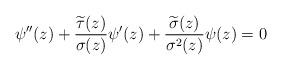
LaTeX: \begin{align*}\psi''(z)+\frac{\widetilde{\tau}(z)}{\sigma(z)}\psi'(z)+\frac{\widetilde{\sigma}(z)}{\sigma^{2}(z)}\psi(z)=0\end{align*}